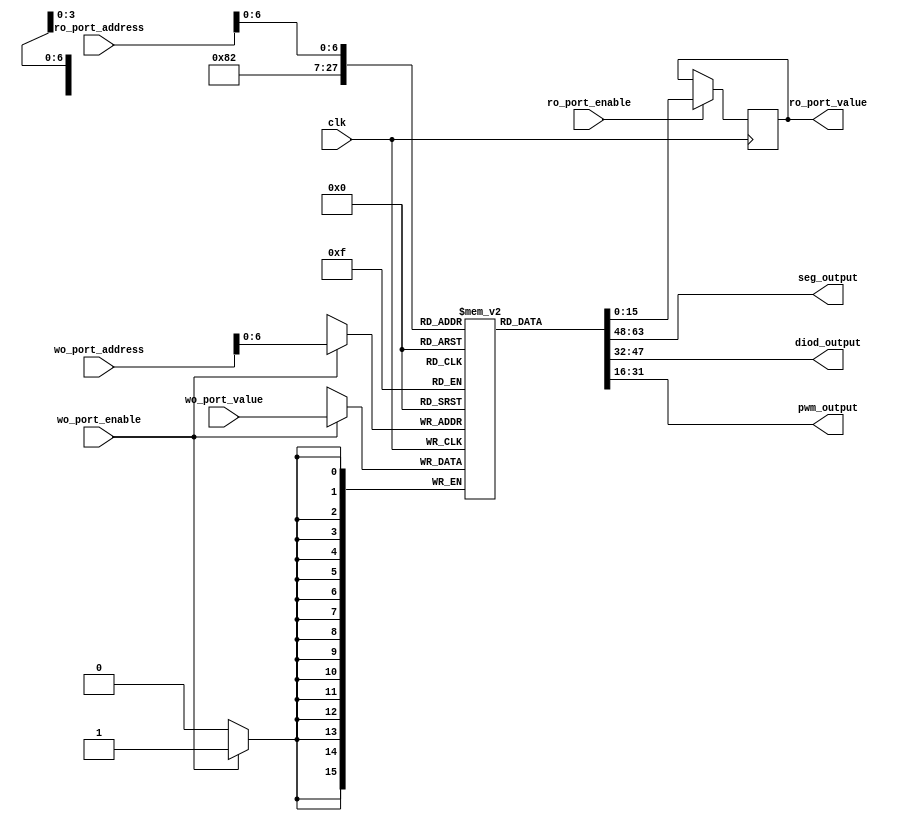
module RandomAccessMemory (
    input wire clk,
    input wire ro_port_enable,
    input wire [15:0] ro_port_address,
    output reg [15:0] ro_port_value,
    input wire wo_port_enable,
    input wire [15:0] wo_port_address,
    input wire [15:0] wo_port_value,
    output wire [15:0] seg_output,
    output wire [15:0] diod_output,
    output wire [15:0] pwm_output
);

reg [15:0] mem [0:99];

assign seg_output = mem[0];
assign diod_output = mem[1];
assign pwm_output = mem[2];

initial begin
    mem[0] <= 16'h0000;
    mem[1] <= 16'h0000;
    mem[2] <= 16'h0000;
end

always @(posedge clk)
begin
    if (wo_port_enable)
        mem[wo_port_address] <= wo_port_value;
    if (ro_port_enable)
        ro_port_value <= mem[ro_port_address];
end

endmodule